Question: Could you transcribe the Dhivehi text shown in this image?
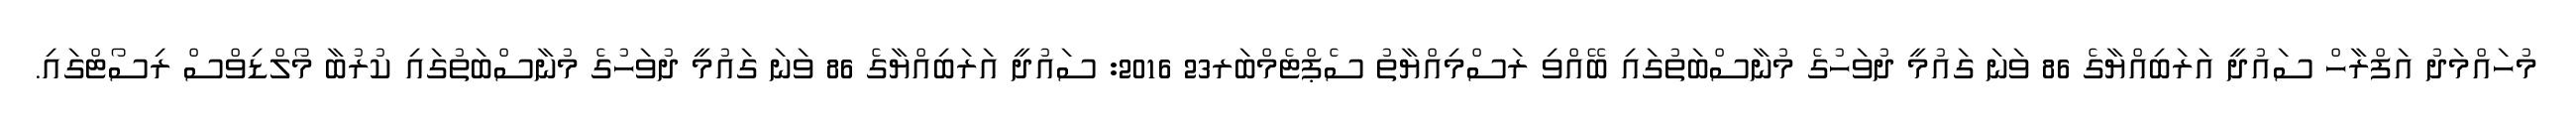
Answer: މުހައްމަދު އަފްރާހް ސައުދީ އަރަބިއްޔާގެ 86 ވަނަ ގައުމީ ދުވަހުގެ މުނާސްބަތުގައި ބޭއްވި ރަސްމިއްޔާތު ސެޕްޓެމްބަރ23 2016: ސައުދީ އަރަބިއްޔާގެ 86 ވަނަ ގައުމީ ދުވަހުގެ މުނާސްބަތުގައި ކުރުބާ މޯލްޑިވްސް ރިސޯޓްގައި.